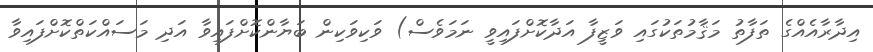
އިދާރާއެއްގެ ތަފާތު މަޤާމުތަކުގައި ވަޒީފާ އަދާކޮށްފައިވީ ނަމަވެސް) ވަކިވަކިން ބަޔާންކޮށްފައިވާ އަދި މަސައްކަތްކޮށްފައިވާ